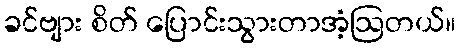
ခင်ဗျား စိတ် ပြောင်းသွားတာအံ့ဩတယ်။